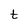
Character: t